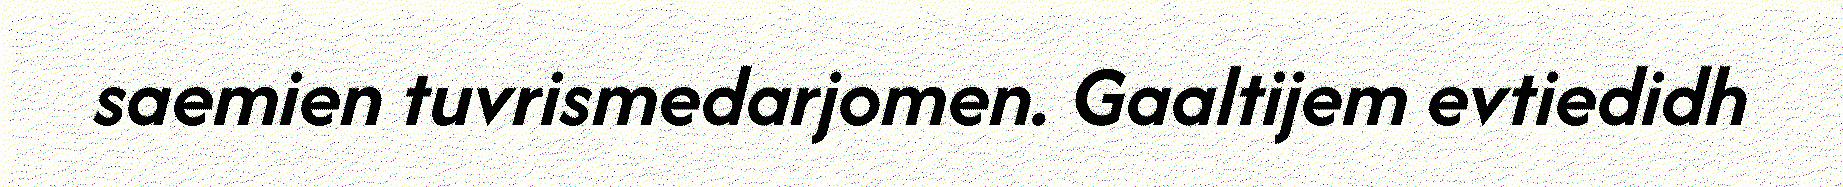
saemien tuvrismedarjomen. Gaaltijem evtiedidh